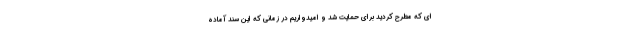
ای که مطرح کردید برای حمایت شد و امیدواریم در زمانی که این سند آماده